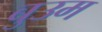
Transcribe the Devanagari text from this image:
बुउम